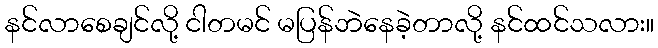
နင်လာစေချင်လို့ ငါတမင် မပြန်ဘဲနေခဲ့တာလို့ နင်ထင်သလား။